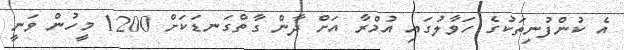
އެ ކުންފުނިތަކުގެ ހަވާލުގައި އުމްރާ އަށް ދާން ގާތްގަނޑަކަށް 1200 މީހުން ވަނީ